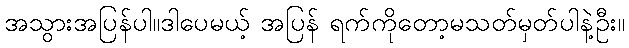
အသွားအပြန်ပါ။ဒါပေမယ့် အပြန် ရက်ကိုတော့မသတ်မှတ်ပါနဲ့ဦး။